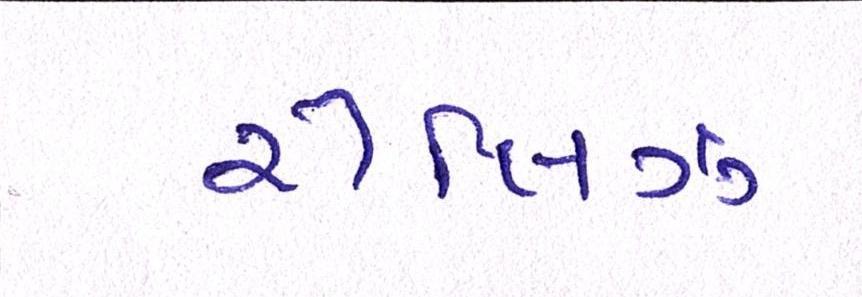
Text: રીલિઝ